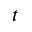
t